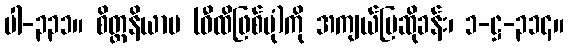
ပါ-၃၃၁။ စိတ္တနိယာမ (ဝီထိဖြစ်ပုံ)ကို အကျယ်ပြဆိုခန်း၊ ၁-ဋ္ဌ-၃၁၄။